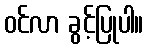
ဝင်လာ ခွင့်ပြုပါ။